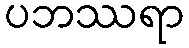
ပဘဿရာ